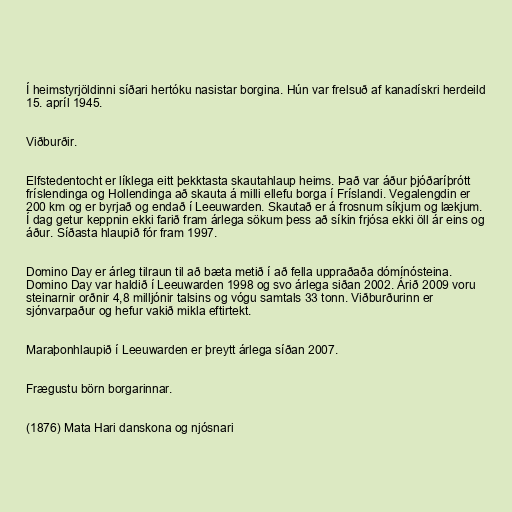
Í heimstyrjöldinni síðari hertóku nasistar borgina. Hún var frelsuð af kanadískri herdeild
15. apríl 1945.

Viðburðir.

Elfstedentocht er líklega eitt þekktasta skautahlaup heims. Það var áður þjóðaríþrótt
fríslendinga og Hollendinga að skauta á milli ellefu borga í Fríslandi. Vegalengdin er
200 km og er byrjað og endað í Leeuwarden. Skautað er á frosnum síkjum og lækjum.
Í dag getur keppnin ekki farið fram árlega sökum þess að síkin frjósa ekki öll ár eins og
áður. Síðasta hlaupið fór fram 1997.

Domino Day er árleg tilraun til að bæta metið í að fella uppraðaða dómínósteina.
Domino Day var haldið í Leeuwarden 1998 og svo árlega siðan 2002. Árið 2009 voru
steinarnir orðnir 4,8 milljónir talsins og vógu samtals 33 tonn. Viðburðurinn er
sjónvarpaður og hefur vakið mikla eftirtekt.

Maraþonhlaupið í Leeuwarden er þreytt árlega síðan 2007.

Frægustu börn borgarinnar.

(1876) Mata Hari danskona og njósnari